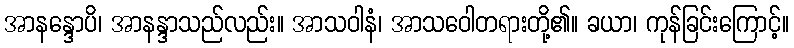
အာနန္ဒောပိ၊ အာနန္ဒာသည်လည်း။ အာသဝါနံ၊ အာသဝေါတရားတို့၏။ ခယာ၊ ကုန်ခြင်းကြောင့်။